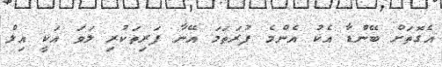
އެގޮތަށް ބޭންޑާ އެކު އެންމެ ފުރަތަމަ އޭނާ ފަރިތަކުރި ލަވަ އަކީ އިލް